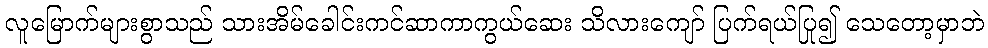
လူမြောက်များစွာသည် သားအိမ်ခေါင်းကင်ဆာကာကွယ်ဆေး သိလားကျော် ပြက်ရယ်ပြု၍ သေတော့မှာဘဲ